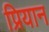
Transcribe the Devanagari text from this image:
प्रियान